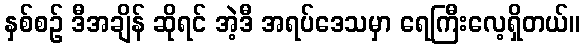
နှစ်စဉ် ဒီအချိန် ဆိုရင် အဲ့ဒီ အရပ်ဒေသမှာ ရေကြီးလေ့ရှိတယ်။